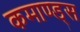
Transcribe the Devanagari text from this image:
कमाण्ड्स